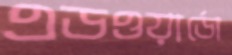
এডওয়ার্ডো